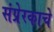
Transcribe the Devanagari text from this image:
संप्रेरकाचे